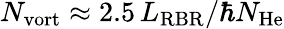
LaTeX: N_{\mathrm{vort}}\approx 2.5\, L_{\mathrm{RBR}}/\hbar N_{\mathrm{He}}